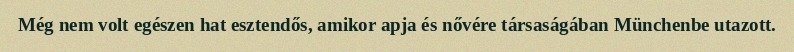
Még nem volt egészen hat esztendős, amikor apja és nővére társaságában Münchenbe utazott.